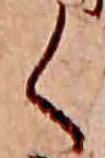
く